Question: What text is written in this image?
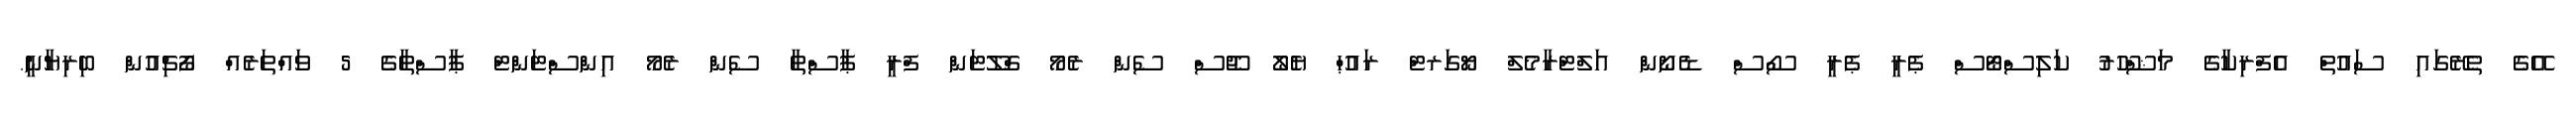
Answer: އޭގެ ތެރޭގައި ސައުތް އެފްރިކާގެ މަޝްހޫރު ކަލިސްޓޯސް ޕެރީ ޕެރީ ސޯސް ޑެނޯން އަލްޓްރާމެލް ޔޯގަރޓް ރައުޙް ޔެލޯ ޖޫސް ސެން ރެމޯ ގްލޫޓަން ފްރީ ޕާސްތާ ސެން ރެމޯ އިންސްޓަންޓް ޕާސްތާގެ 5 ވައްތަރެއް ފޯޗިއުން ބިރިޔާނީ.